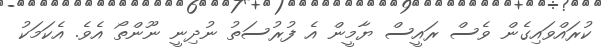
ކުރައްވައިގެން ވެސް ރައީސް ޔާމީން އެ ފުރުސަތު ނުދިނީ ނޫންތޯ އެވެ. އެކަމަކު